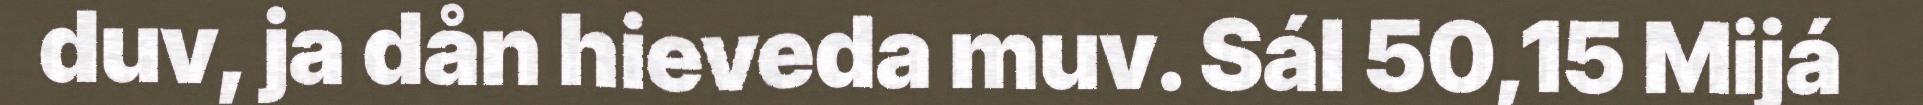
duv, ja dån hieveda muv. Sál 50,15 Mijá